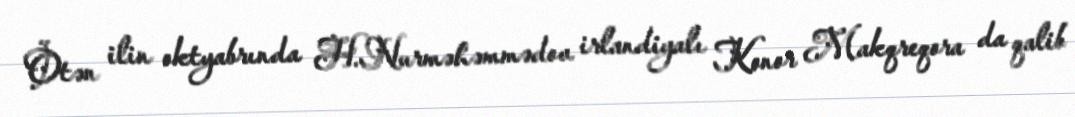
Ötən ilin oktyabrında H.Nurməhəmmədov irlandiyalı Konor Makqreqora da qalib